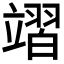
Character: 𮵪